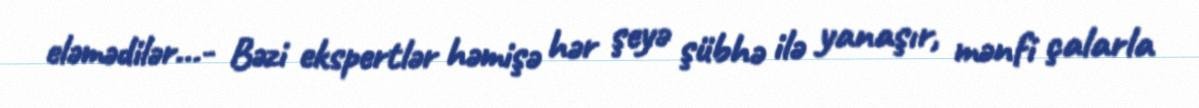
eləmədilər...- Bəzi ekspertlər həmişə hər şeyə şübhə ilə yanaşır, mənfi çalarla